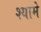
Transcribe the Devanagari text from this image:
श्यामे